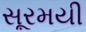
સૂરમયી